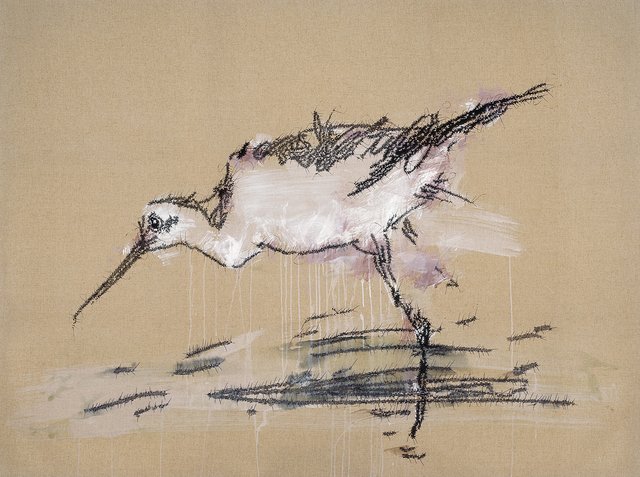
今日江头两三树，可怜和叶度残春。